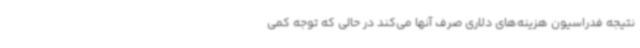
نتیجه فدراسیون هزینه‌های دلاری صرف آنها می‌کند در حالی که توجه کمی